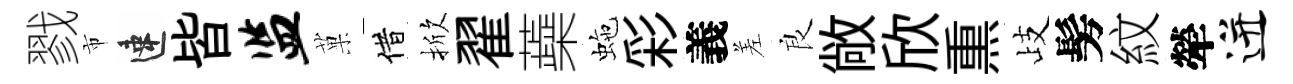
戮市速皆监菓借掀翟蘃虵彩義差良敞欣𤋱歧髣紋犖迸